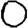
Digit: 0